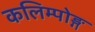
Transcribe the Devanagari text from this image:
कलिम्पोङ्ग